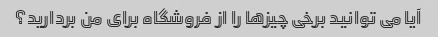
آیا می توانید برخی چیزها را از فروشگاه برای من بردارید؟